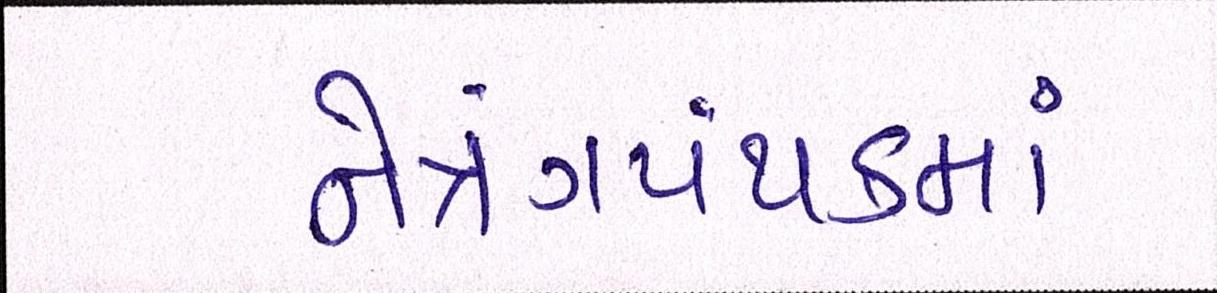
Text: નેત્રંગપંથકમાં